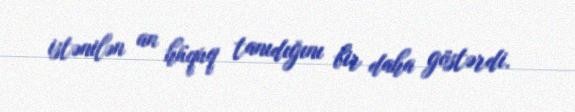
istənilən an hüquq tanıdığını bir daha göstərdi.